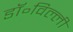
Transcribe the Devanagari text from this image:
डॉ॰विल्ली